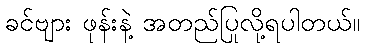
ခင်ဗျား ဖုန်းနဲ့ အတည်ပြုလို့ရပါတယ်။